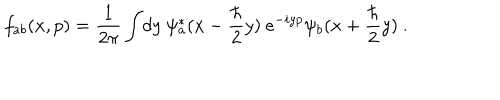
f _ { a b } ( x , p ) = { \frac { 1 } { 2 \pi } } \int \! d y ~ \psi _ { a } ^ { * } ( x - { \frac { \hbar } { 2 } } y ) ~ e ^ { - i y p } \psi _ { b } ( x + { \frac { \hbar } { 2 } } y ) \ .